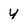
Character: y